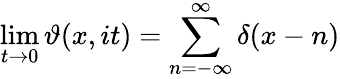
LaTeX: \operatorname*{lim}_{t\to 0}\vartheta(x,it)=\sum_{n=-\infty}^{\infty}\delta(x-n)